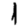
Digit: 1